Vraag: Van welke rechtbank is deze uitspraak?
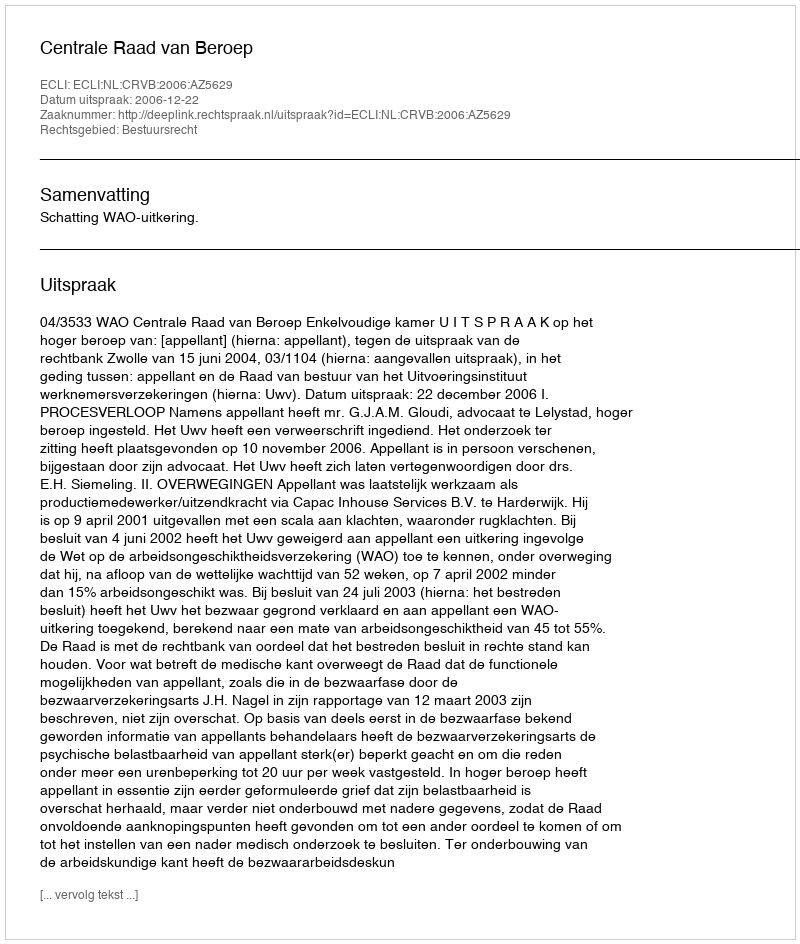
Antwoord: Centrale Raad van Beroep